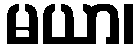
မယာ၊